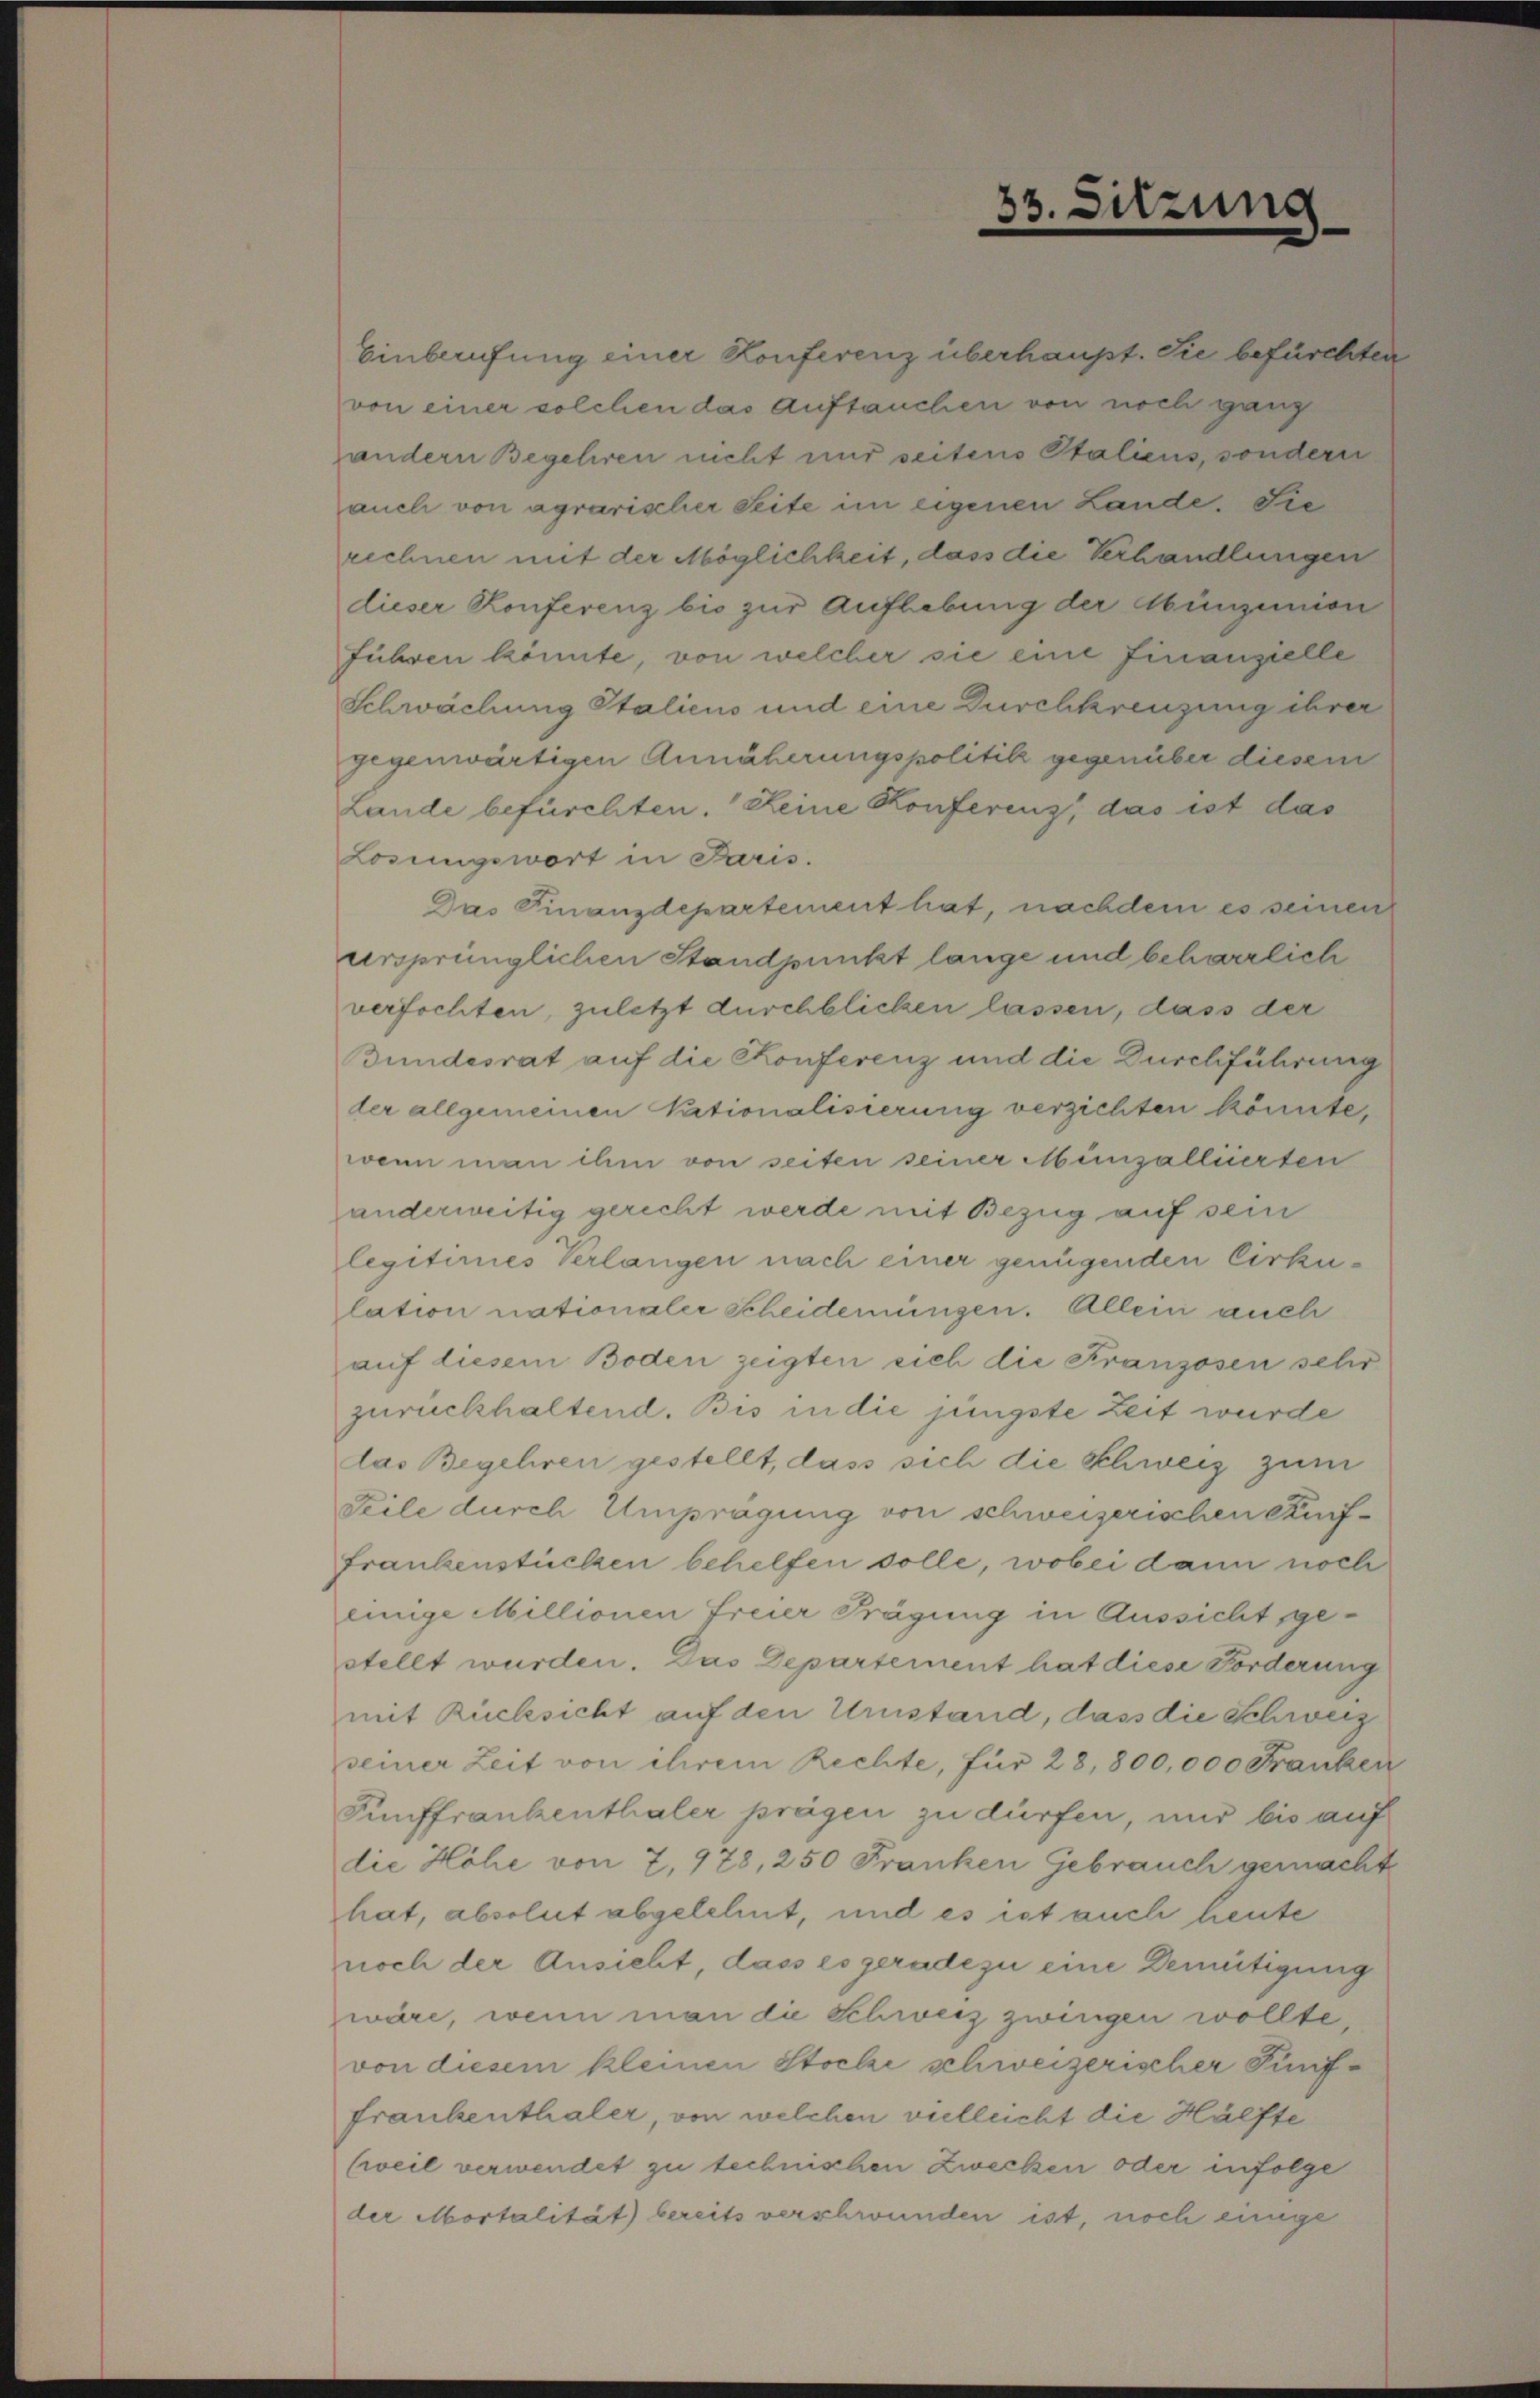
Einberufung einer Konferenz überhaupt. Sie befürchten
von einer solchen das Auftauchen von noch ganz
andern Begehren nicht nur seitens Italiens, sondern
auch von agrarischer Seite im eigenen Lande. Sie
rechnen mit der Möglichkeit, dass die Verhandlungen
dieser Konferenz bis zur Aufhebung der Münzenien
führen könnte, von welcher sie eine Finanzielle
Schwachung Staliens und eine Durchkreuzung ihrer
gegenwärtigen Annäherungspolitik gegenüber diesem
Lande befürchten. Keine Konferenz, das ist das
Losungswort in Paris.
ursprünglichen Standpunkt lange und beharrlich
verfochten, zuletzt durchblicken lassen, dass der
Bundesrat auf die Konferenz und die Durchführung
der allgemeinen Nationalisierung verzichten könnte,
wenn man ihm von seiten seiner Munzalliierten
anderweitig gerecht werde mit Bezug auf sein
legitimes Verlangen nach einer genügenden Cirkulation nationaler Scheiderungen. Allein auch
auf diesem Boden zeigten sich die Franzosen sehr
zurückhaltend. Bis in die jüngste Zeit wurde
das Begehren gestellt, dass sich die Schweiz zum
Teile durch Umprägung von schweizerischen Kurf¬
Frankenstücken behelfen solle, wobei dann noch
einige Millionen freier Frägung in Aussicht gestellt wurden. Das Departement hat diese Forderung
mit Rücksicht auf den Umstand, dass die Schweiz
seiner Zeit von ihrem Rechte, für 28,800,000 Franken
Fünffrankenthaler prägen zu dürfen, und bis auf
die Höhe von 7, 978, 250 Franken Gebrauch gemacht
hat, absolut abgelehnt, und es ist auch heute
noch der Ansieht, dass es geradezu eine Demütigung
wäre, wenn man die Schweiz zwingen wollte
von diesem kleinen Stocke schweizerischer Fünffrankenthaler, von welchen vielleicht die Hälfte
(weil verwendet zu technischen Zwecken oder infolge
der Mortalität bereits verschwunden ist, noch einige

33.

sitzung

Das Finanzdepartement hat, nachdem es seinen